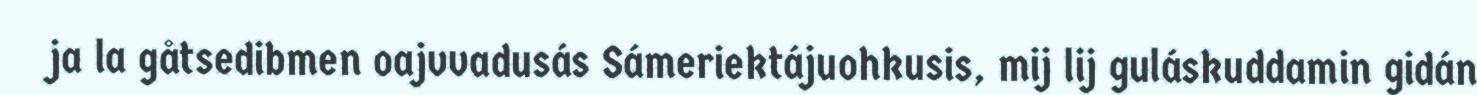
ja la gåtsedibmen oajvvadusás Sámeriektájuohkusis, mij lij guláskuddamin gidán